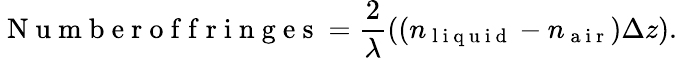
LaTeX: \mathrm{~N~u~m~b~e~r~o~f~f~r~i~n~g~e~s~}=\frac{2}{\lambda}((n_{\mathrm{~l~i~q~u~i~d~}}-n_{\mathrm{~a~i~r~}})\Delta z).